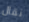
نقال